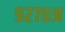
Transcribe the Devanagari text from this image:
९२७०अ